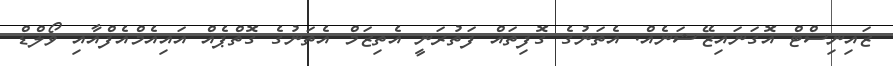
ޒައިނިސްޓް އޮގަނައިޒޭޝަނެއް. އެތަނުގެ ގޮފިތައް ފަތުރަނީ އެތިޒަމް އެތަނުގެ ގޮތްޕެއް އައިއެމްއެފްއާއި ވޯލްޑް